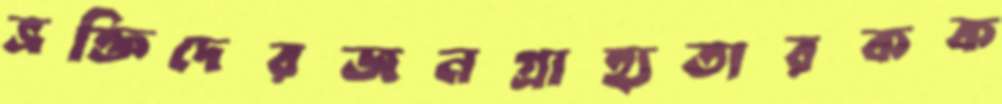
ভ্রক্তিদেরজনগ্রাহ্যতারকক